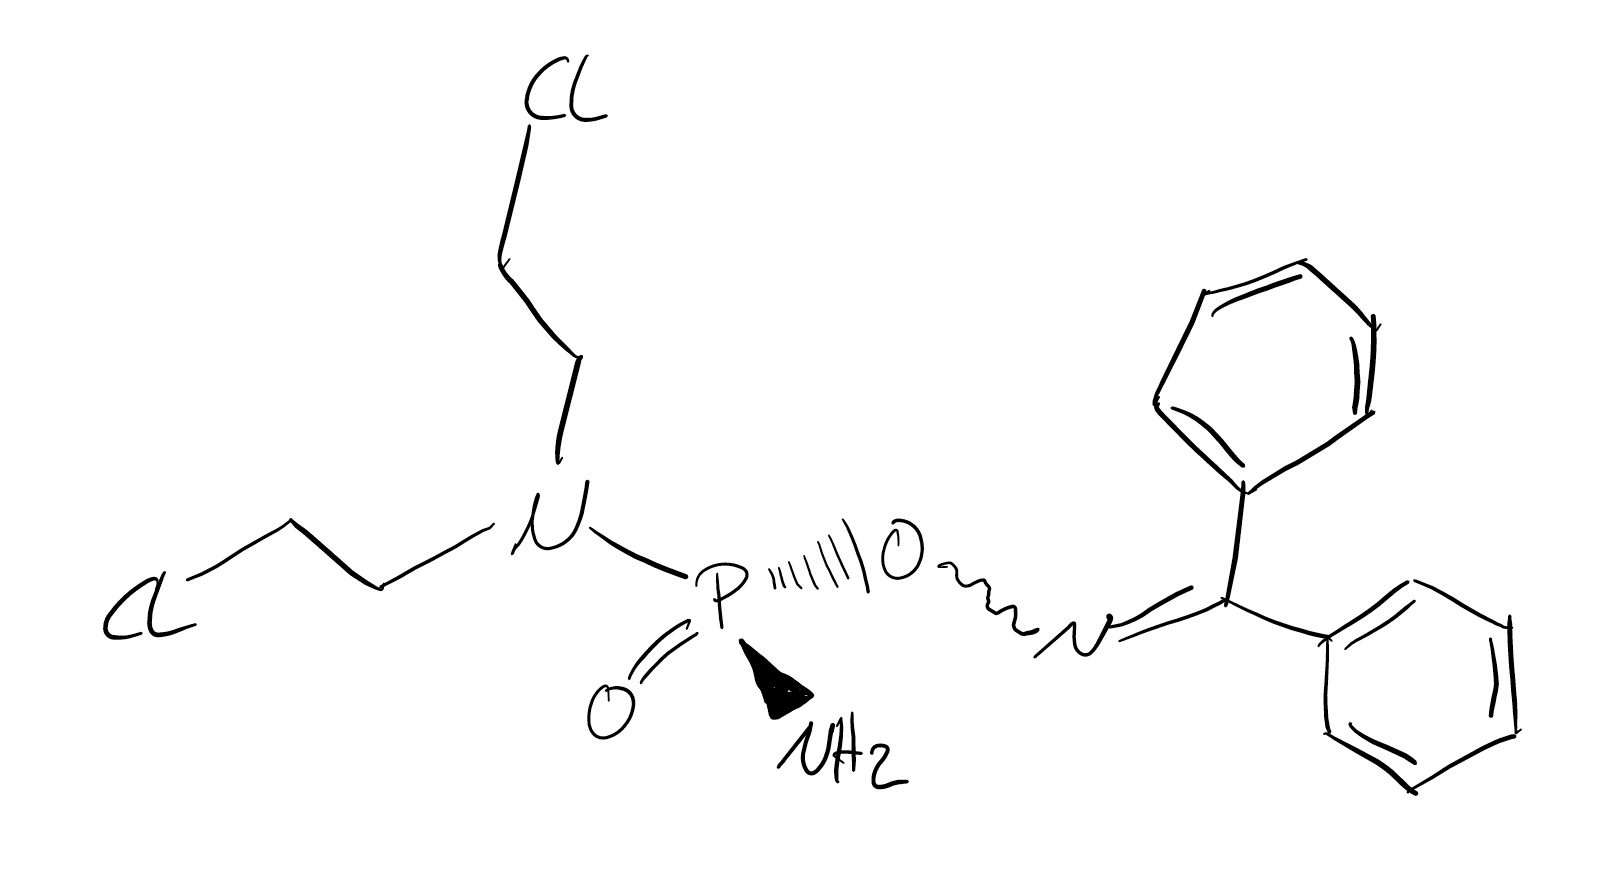
Simplified molecular-input line-entry system (SMILES) notation of the given molecule:
C1=CC=C(C=C1)C(=NO[P@@](=O)(N)N(CCCl)CCCl)C2=CC=CC=C2